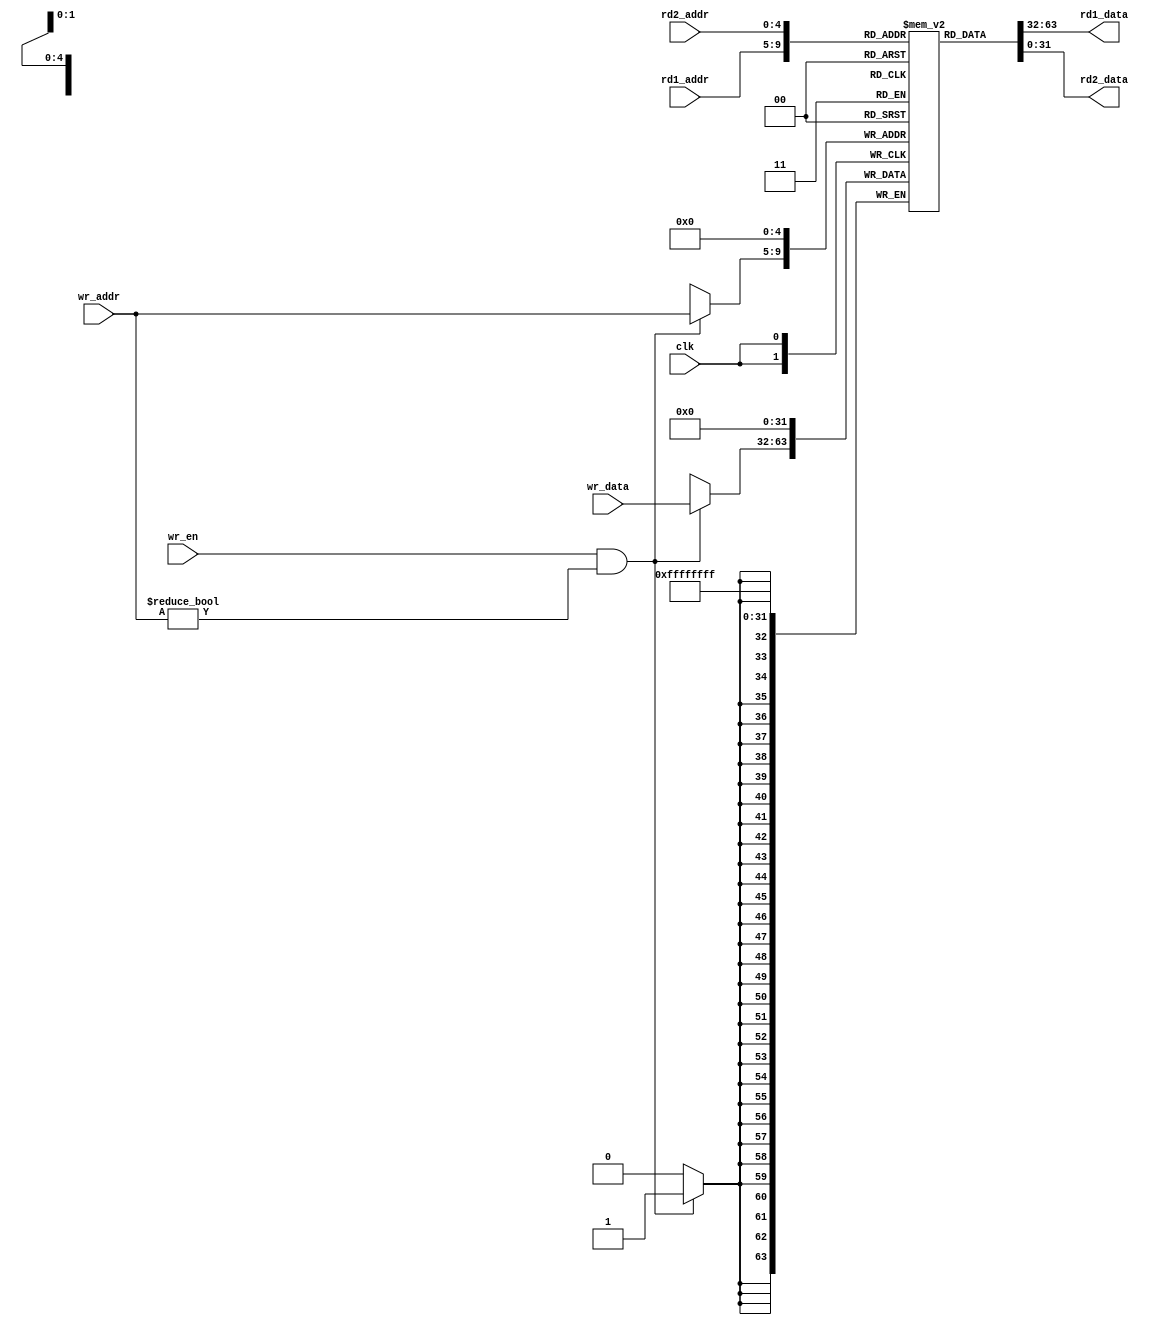
module Regfile (
    //system signal
    input					    clk,
    //write signal
    input			[4:0]		wr_addr,
    input			[31:0]	    wr_data,
    input					    wr_en,
    //read signal
    input			[4:0]		rd1_addr,
    output          [31:0]      rd1_data,

    input			[4:0]		rd2_addr,
    output          [31:0]      rd2_data
);

    reg  [31:0]     regs [31:0];
    wire            regs_en;

    assign regs_en = (wr_en && (wr_addr != 'd0) );
    always@(posedge clk)begin
        regs[0] <= 32'b0;
        if(regs_en)begin
            regs[wr_addr] <= wr_data;
        end
    end

    assign rd1_data = regs[rd1_addr];
    assign rd2_data = regs[rd2_addr];

endmodule